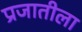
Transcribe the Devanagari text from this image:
प्रजातीला